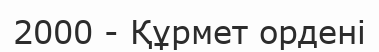
2000 - Құрмет ордені